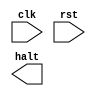
/*
   Design : Single Cycle MIPS CPU
   Description : 32 Bit , Harvard Style Design
   Engineer : Srimanth Tenneti
   Date : 01/03/2022
*/

`timescale 1ns/1ns

module CPU (
  // Global Signals
  input clk,
  input rst,
  // Output 
  output halt
);
  
  // Memory Enable
  reg wmem;
  
  // CPU Instr Memory 
  reg [31:0] mem_instr [0:31];
  
  // CPU Data Memory
  reg [31:0] mem_data [1:31];
  
  // Program Counter
  reg [4:0] pc;
  wire [31:0] instr = mem_instr[pc];
  
  // Alu Data
  reg [31:0] alu_out;
  reg [31:0] a;
  reg [31:0] b;
  
  // Flags
  reg z;
  reg ov;
  reg hlt;
  
  // Instruction Decode
  wire [5:0]  opcode = instr[31:26]; // Opcode
  wire [4:0]  rs     = instr[25:21]; // Source Register 1
  wire [4:0]  rt     = instr[20:16]; // Source Register 2
  wire [4:0]  rd     = instr[15:11]; // Destination Register
  wire [4:0]  sa     = instr[10:06]; // Shift Amount
  wire [5:0]  func   = instr[05:00]; // Funtion for Register type instructions
  wire [15:0] imm    = instr[15:00]; // Immediate Data
  
  wire        sign   = instr[15];    // Sign 
  wire [31:0] imm_d  = {{16{sign}}, imm};  // Sign Extention of immediate data
  
  
  // Instruction Type Variables
  reg R;  // R Type
  reg I;  // I Type
  reg J;  // J Type
  reg LS; // Load & Store Type
  reg BR; // Branch 
  
  // Instruction Type Decode
  always @ *
    begin
      case(opcode)
           6'b000_000 : begin 
             R  = 1;
             I  = 0;
             J  = 0;
             LS = 0;
             BR = 0;
           end
           6'b001_000,6'b001_100,6'b001_101,6'b001_110,6'b001_111 : begin
             R  = 0;
             I  = 1;
             J  = 0;
             LS = 0;
             BR = 0;
           end
           6'b100_011,6'b101_011 : begin
             R  = 0;
             I  = 0;
             J  = 0;
             LS = 1;
             BR = 0;
           end
           6'b000_100,6'b000_101 : begin
             R  = 0;
             I  = 0;
             J  = 0;
             LS = 0;
             BR = 1;
           end
           6'b000_010,6'b000_011 : begin
             R  = 0;
             I  = 0;
             J  = 1;
             LS = 0;
             BR = 0;
           end
      endcase
    end
  
  always @ (posedge clk, negedge rst)
    begin
      if(~rst)
        pc <= 0;
      else
        begin
           pc <= pc + 1;
        end
    end
  
  // R - Type Instruction ALU Unit
  
  always @ (posedge clk, negedge rst)
    begin
      if (~rst)
        alu_out = 0;
      else 
        begin
          if (R)
            begin
              a = (rs == 0) ? 0 : mem_data[rs];
              b = (rt == 0) ? 0 : mem_data[rt];
              case(func)
                 6'b100_000 : {ov, alu_out} = a + b;
                 6'b100_010 : {ov, alu_out} = a - b;
                 6'b100_100 : alu_out = a & b;
                 6'b100_101 : alu_out = a | b;
                 6'b100_110 : alu_out = a ^ b;
                 6'b000_000 : alu_out = a << sa;
                 6'b000_010 : alu_out = a >> sa;
                 6'b000_011 : alu_out = a >>> sa;
                 6'b001_000 : pc = rs;
              endcase
               mem_data[rd] = (wmem) ? alu_out : 32'hxx;
               z = (alu_out == 32'b0) ? 1 : 0;
            end
        end
    end 
endmodule